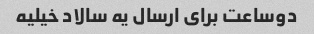
دوساعت برای ارسال یه سالاد خیلیه